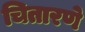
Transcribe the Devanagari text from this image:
चितारणे